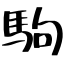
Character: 駒